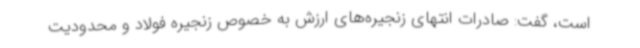
است، گفت: صادرات انتهای زنجیره‌های ارزش به خصوص زنجیره فولاد و محدودیت